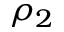
\rho _ { 2 }